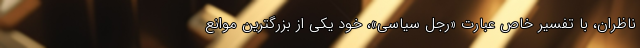
ناظران، با تفسیر خاص عبارت «رجل سیاسی»، خود یکی از بزرگترین موانع